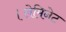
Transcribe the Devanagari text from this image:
।लेमिनेट